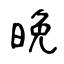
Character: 晩